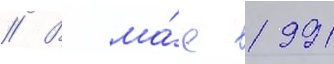
// В ма́е 1991